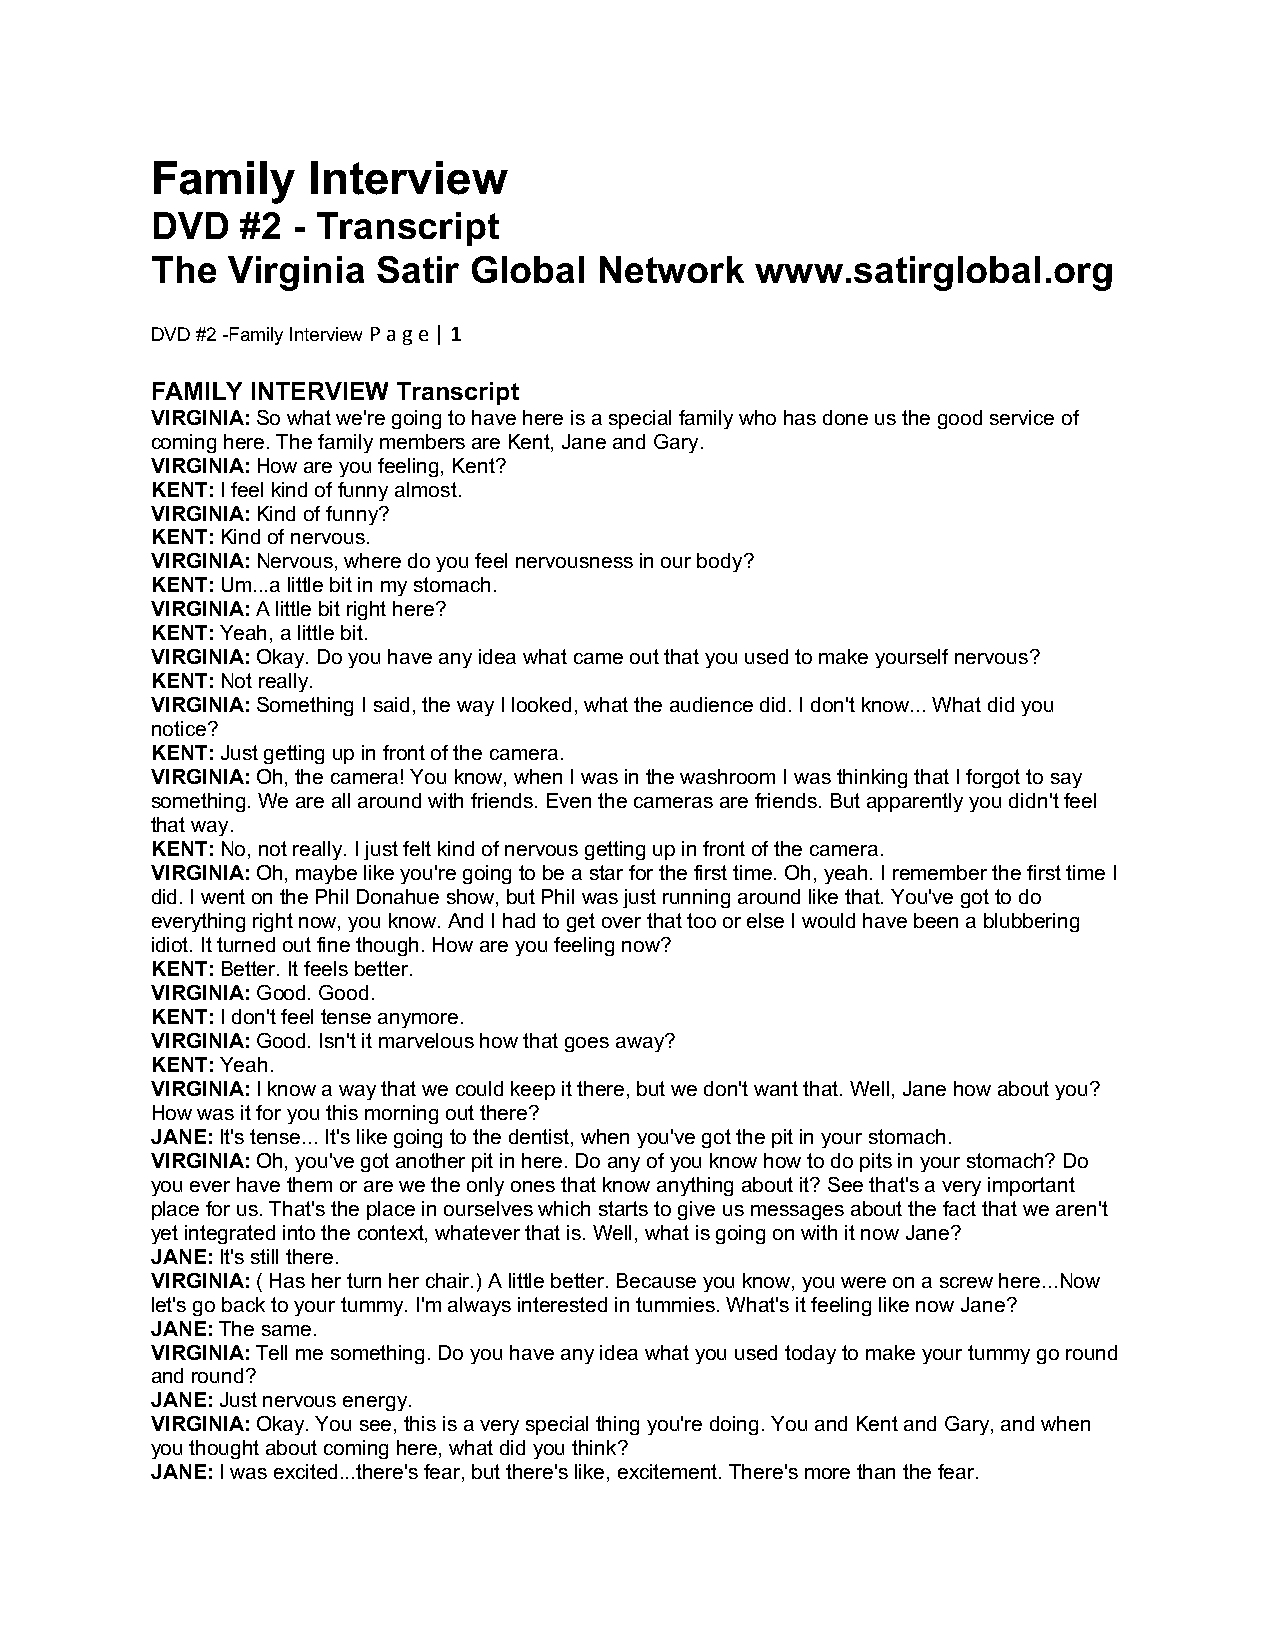
Family    Interview
 DVD   #2 - Transcript
 The  Virginia  Satir Global   Network   www.satirglobal.org
 DVD #2 -Family Interview P a g e | 1
 FAMILY INTERVIEW Transcript
 VIRGINIA: So what we're going to have here is a special family who has done us the good service of
 coming here. The family members are Kent, Jane and Gary.
 VIRGINIA: How are you feeling, Kent?
 KENT: I feel kind of funny almost.
 VIRGINIA: Kind of funny?
 KENT: Kind of nervous.
 VIRGINIA: Nervous, where do you feel nervousness in our body?
 KENT: Um...a little bit in my stomach.
 VIRGINIA: A little bit right here?
 KENT: Yeah, a little bit.
 VIRGINIA: Okay. Do you have any idea what came out that you used to make yourself nervous?
 KENT: Not really.
 VIRGINIA: Something I said, the way I looked, what the audience did. I don't know... What did you
 notice?
 KENT: Just getting up in front of the camera.
 VIRGINIA: Oh, the camera! You know, when I was in the washroom I was thinking that I forgot to say
 something. We are all around with friends. Even the cameras are friends. But apparently you didn't feel
 that way.
 KENT: No, not really. I just felt kind of nervous getting up in front of the camera.
 VIRGINIA: Oh, maybe like you're going to be a star for the first time. Oh, yeah. I remember the first time I
 did. I went on the Phil Donahue show, but Phil was just running around like that. You've got to do
 everything right now, you know. And I had to get over that too or else I would have been a blubbering
 idiot. It turned out fine though. How are you feeling now?
 KENT: Better. It feels better.
 VIRGINIA: Good. Good.
 KENT: I don't feel tense anymore.
 VIRGINIA: Good. Isn't it marvelous how that goes away?
 KENT: Yeah.
 VIRGINIA: I know a way that we could keep it there, but we don't want that. Well, Jane how about you?
 How was it for you this morning out there?
 JANE: It's tense... It's like going to the dentist, when you've got the pit in your stomach.
 VIRGINIA: Oh, you've got another pit in here. Do any of you know how to do pits in your stomach? Do
 you ever have them or are we the only ones that know anything about it? See that's a very important
 place for us. That's the place in ourselves which starts to give us messages about the fact that we aren't
 yet integrated into the context, whatever that is. Well, what is going on with it now Jane?
 JANE: It's still there.
 VIRGINIA: ( Has her turn her chair.) A little better. Because you know, you were on a screw here...Now
 let's go back to your tummy. I'm always interested in tummies. What's it feeling like now Jane?
 JANE: The same.
 VIRGINIA: Tell me something. Do you have any idea what you used today to make your tummy go round
 and round?
 JANE: Just nervous energy.
 VIRGINIA: Okay. You see, this is a very special thing you're doing. You and Kent and Gary, and when
 you thought about coming here, what did you think?
 JANE: I was excited...there's fear, but there's like, excitement. There's more than the fear.